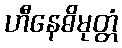
ဟီနေဓိမုတ္တံ